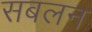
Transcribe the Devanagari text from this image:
सबलन